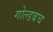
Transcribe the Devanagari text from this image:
गोल्डबच